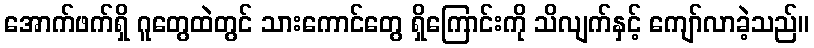
အောက်ဖက်ရှိ ဂူတွေထဲတွင် သားကောင်တွေ ရှိကြောင်းကို သိလျက်နှင့် ကျော်လာခဲ့သည်။